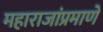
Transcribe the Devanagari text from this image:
महाराजांप्रमाणे